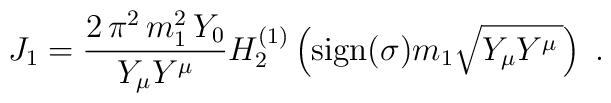
J_1 = \frac{2 \, \pi^2  \, m_1^2\, Y_0  }{Y_\mu Y^\mu }H_2^{(1)} \left( {\rm sign}(\sigma) m_1 \sqrt{Y_\mu Y^\mu \,} \right) \;.